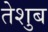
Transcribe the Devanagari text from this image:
तेशुब